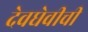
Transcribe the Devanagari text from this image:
देवघेवीची